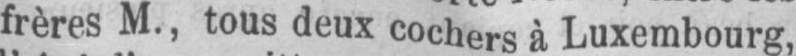
frères M., tous deux cochers à Luxembourg,